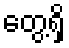
တွေ့ရှိ